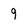
Character: 9